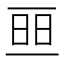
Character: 𠄵